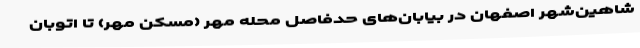
شاهین‌شهر اصفهان در بیابان‌های حدفاصل محله مهر (مسکن مهر) تا اتوبان